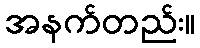
အနက်တည်း။